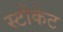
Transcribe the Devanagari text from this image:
स्टौकेट